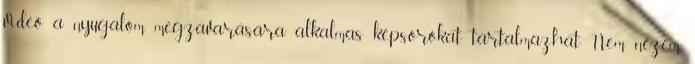
videó a nyugalom megzavarására alkalmas képsorokat tartalmazhat Nem nézem